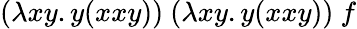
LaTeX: (\lambda xy.y(xxy))\ (\lambda xy.y(xxy))\ f